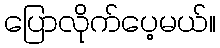
ပြောလိုက်ပေ့မယ်။